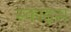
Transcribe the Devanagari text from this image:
स्काइस